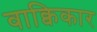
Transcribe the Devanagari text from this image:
वाक्विकार